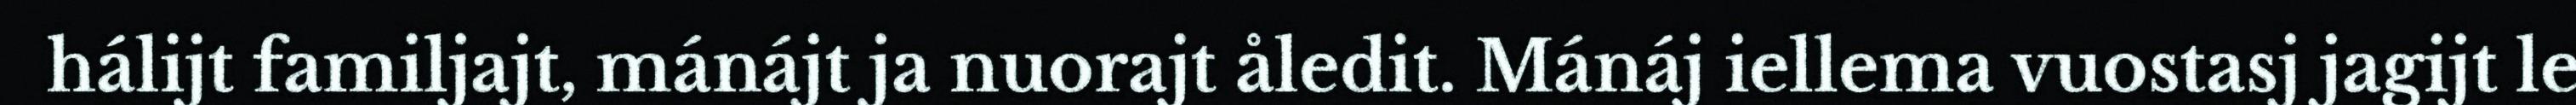
hálijt familjajt, mánájt ja nuorajt åledit. Mánáj iellema vuostasj jagijt le